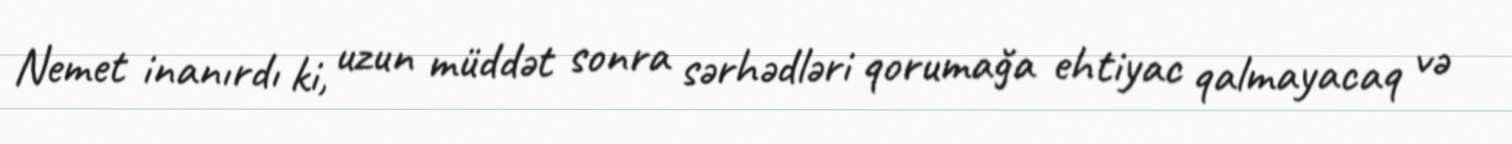
Nemet inanırdı ki, uzun müddət sonra sərhədləri qorumağa ehtiyac qalmayacaq və